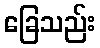
ခြေသည်း